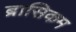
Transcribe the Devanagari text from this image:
ब्रासिकम